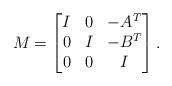
LaTeX: \begin{align*}M_{} = \begin{bmatrix} I & 0 & -A^T \\ 0& I& -B^T\\0 & 0 & I \end{bmatrix}.\end{align*}